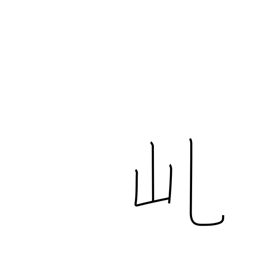
Meaning: mountain saddle